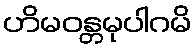
ဟိမဝန္တမုပါဂမိ